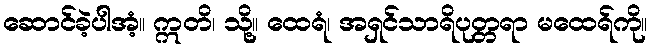
ဆောင်ခဲ့ပါအံ့။ ဣတိ၊ သို့။ ထေရံ၊ အရှင်သာရိပုတ္တရာ မထေရ်ကို။